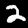
Label: 2